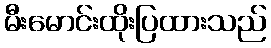
မီးမောင်းထိုးပြထားသည်